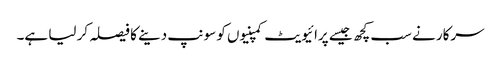
سرکار نے سب کچھ جیسے پرائیویٹ کمپنیوں کو سونپ دینے کا فیصلہ کر لیا ہے۔